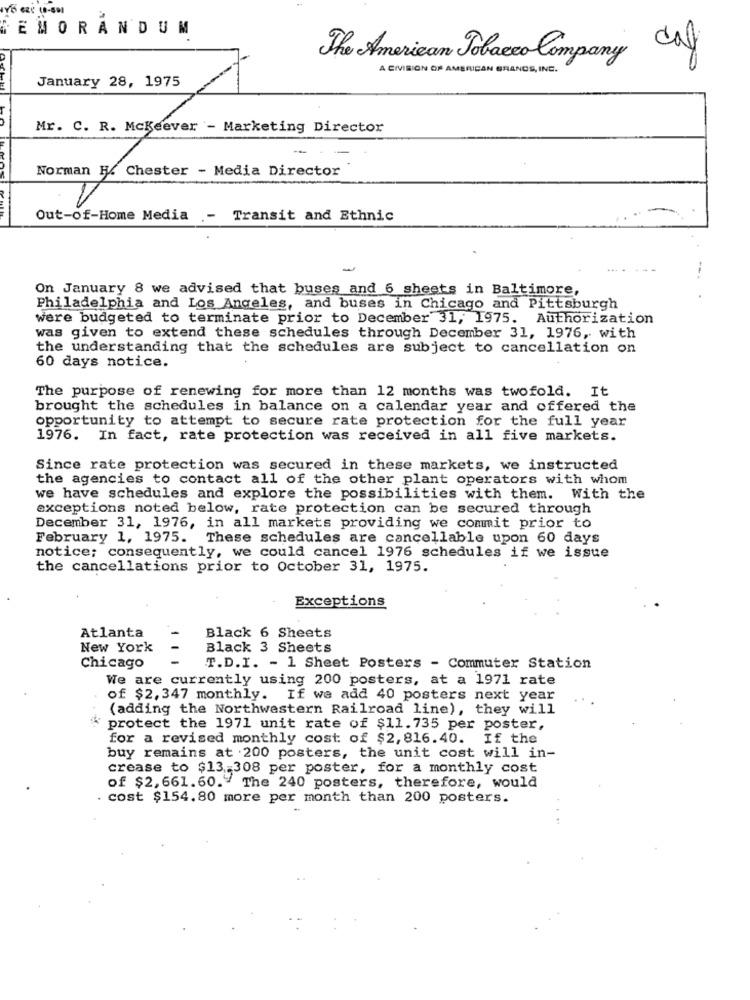
MEMORANDUM
The American Tobacco Company Caf
A CIVIRION OF AMERICAN BRANCS, INC.
/
January 28, 1975
Mr. C. R. Mckeever - Marketing Director
Norman H. Chester - Media Director
Out-of-Home Media
.- Transit and Ethnic
On January 8 we advised that buses and 6 sheets in Baltimore,
Philadelphia and Los Angeles, and buses in Chicago and Pittsburgh
were budgeted to terminate prior to December 31, 1975. Authorization
was given to extend these schedules through December 31, 1976, with
the understanding that the schedules are subject to cancellation on
60 days notice.
The purpose of renewing for more than 12 months was twofold. It
brought the schedules in balance on a calendar year and offered the
opportunity to attempt to secure rate protection for the full year
1976. In fact, rate protection was received in all five markets.
Since rate protection was secured in these markets, we instructed
the agencies to contact all of the other plant operators with whom
we have schedules and explore the possibilities with them. With the
exceptions noted below, rate protection can be secured through
December 31, 1976, in all markets providing we commit prior to
February 1, 1975. These schedules are cancellable upon 60 days
notice; consequently, we could cancel 1976 schedules if we issue
the cancellations prior to October 31, 1975.
Exceptions
Atlanta
Black 6 Sheets
New York
Black 3 Sheets
Chicago
T.D.I. - 1 Sheet Posters - Commuter Station
We are currently using 200 posters, at a 1971 rate
of $2,347 monthly.
If we add 40 posters next year
...
(adding the Northwestern Railroad line), they will
* protect the 1971 unit rate of $11.735 per poster,
for a revised monthly cost of $2, 816.40. If the
buy remains at .200 posters, the unit cost will in-
crease to $13-308 per poster, for a monthly cost
of $2,661.60." The 240 posters, therefore, would
cost $154.80 more per month than 200 posters.